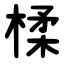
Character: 楺